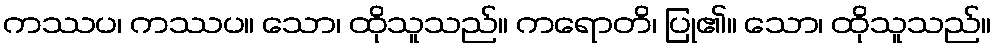
ကဿပ၊ ကဿပ။ သော၊ ထိုသူသည်။ ကရောတိ၊ ပြု၏။ သော၊ ထိုသူသည်။